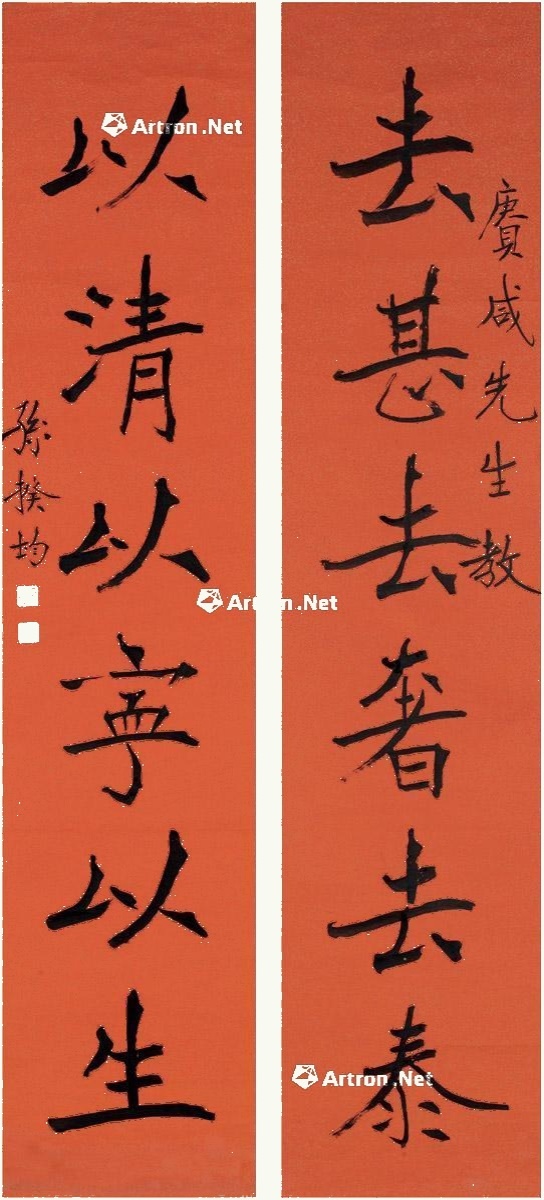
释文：去甚去奢去泰，以清以宁以生。赓咸先生教，孙揆均。